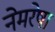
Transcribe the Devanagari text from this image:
नेमरेषा